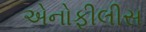
એનોફીલીસ